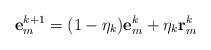
LaTeX: \begin{align*} \mathbf{e}_m^{k+1}=(1-\eta_k)\mathbf{e}_m^k+\eta_k\mathbf{r}_m^k \end{align*}